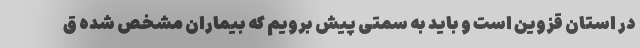
در استان قزوین است و باید به سمتی پیش برویم که بیماران مشخص شده ق